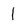
Character: 1